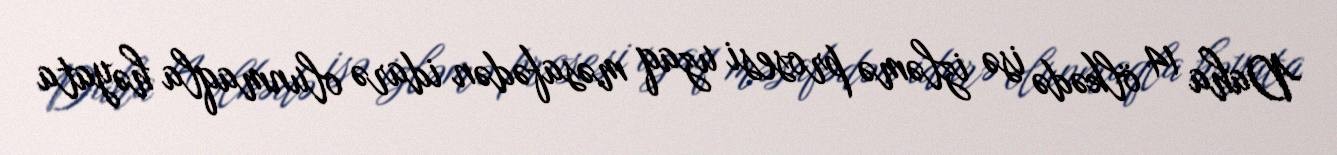
Daha 14 ölkədə isə izləmə prosesi uzaq məsafədən idarə olunmaqla həyata